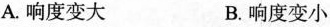
A.响度变大 B.响度变小